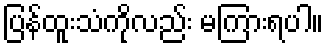
ပြန်ထူးသံကိုလည်း မကြားရပါ။